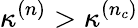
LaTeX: \kappa^{(n)}>\kappa^{(n_{c})}